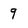
Character: 9